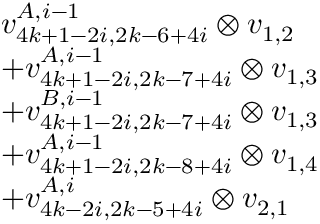
\begin{array} { r l } & { v _ { 4 k + 1 - 2 i , 2 k - 6 + 4 i } ^ { A , i - 1 } \otimes v _ { 1 , 2 } } \\ & { + v _ { 4 k + 1 - 2 i , 2 k - 7 + 4 i } ^ { A , i - 1 } \otimes v _ { 1 , 3 } } \\ & { + v _ { 4 k + 1 - 2 i , 2 k - 7 + 4 i } ^ { B , i - 1 } \otimes v _ { 1 , 3 } } \\ & { + v _ { 4 k + 1 - 2 i , 2 k - 8 + 4 i } ^ { A , i - 1 } \otimes v _ { 1 , 4 } } \\ & { + v _ { 4 k - 2 i , 2 k - 5 + 4 i } ^ { A , i } \otimes v _ { 2 , 1 } } \end{array}